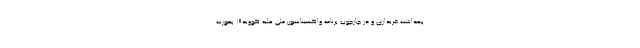
بهداشت خریداری و در چارچوب برنامه واکسیناسیون ملی علیه کووید۱۹ بصورت